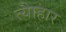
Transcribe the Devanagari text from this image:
त्यैाहार